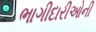
ભાગીદારીઓની